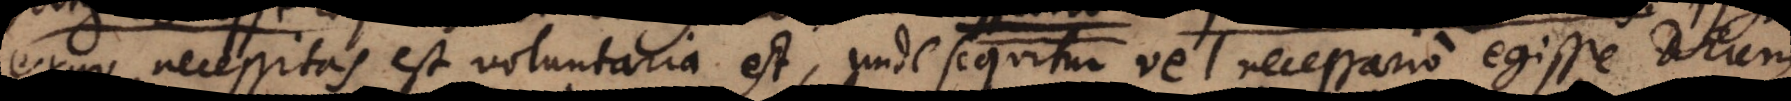
ergo necessitas voluntaria est, unde sequitur vel necessario egisse Deum